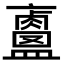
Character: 𥃐